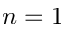
n = 1